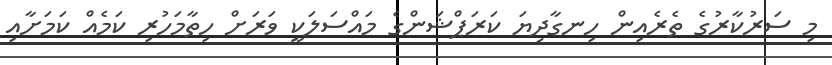
މި ސަރުކާރުގެ ތެރެއިން ހިނގާދިޔަ ކަރަޕްޝަންގެ މައްސަލަކީ ވަރަށް ހިތާމަހުރި ކަމެއް ކަމަށާއި